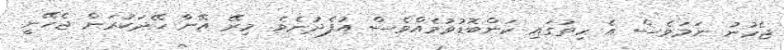
ޖެހުނު ނަމަވެސް އެ ހިތުގައި ކަންބޮޑުވުމެއްވެސް އުފެދުނެވެ. މިރޭ އޭނާ ހޭދަކުރަން ޖެހޭނީ